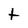
Character: t